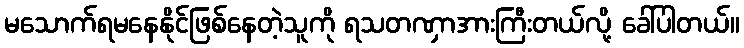
မသောက်ရမနေနိုင်ဖြစ်နေတဲ့သူကို ရသတဏှာအားကြီးတယ်လို့ ခေါ်ပါတယ်။